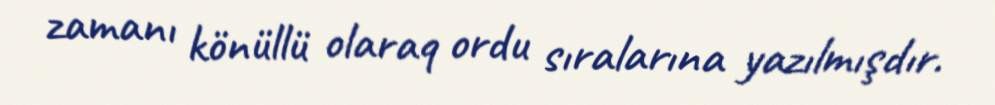
zamanı könüllü olaraq ordu sıralarına yazılmışdır.